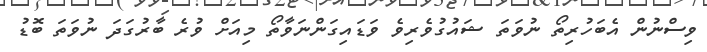
ވިސްނުން އެބަހުރިތޯ ނުވަތަ ޝައުގުވެރިވެ ވަޑައިގަންނަވާތޯ މިއަށް ވުރެ ބާރުގަދަ ނުވަތަ ބޮޑު